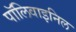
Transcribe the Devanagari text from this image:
पॉलिवाइनिल